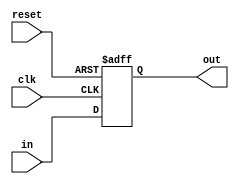
module DFF(clk, in, out, reset);
    input clk;
    input in;
    input reset;
    output out;
    reg out;

    always @(posedge clk or posedge reset)
    if (reset) begin
        out = 0;
    end
    else begin
        out = in;
    end
endmodule